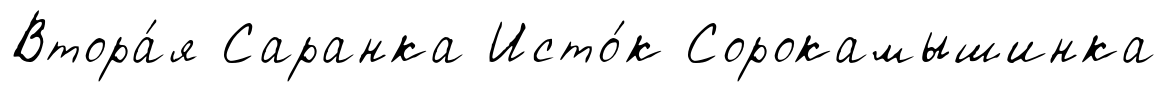
Втора́я Саранка Исто́к Сорокамышинка